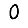
Digit: 0